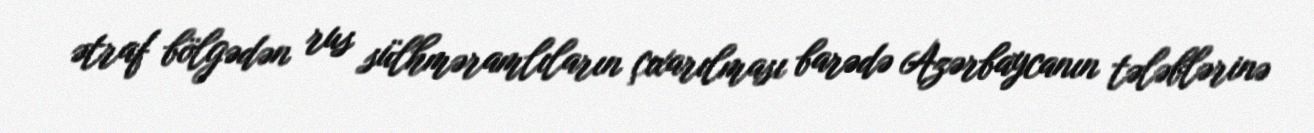
ətraf bölgədən rus sülhməramlıların çıxarılması barədə Azərbaycanın tələblərinə